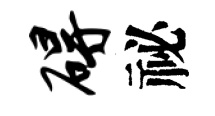
碍祕